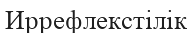
Иррефлекстілік